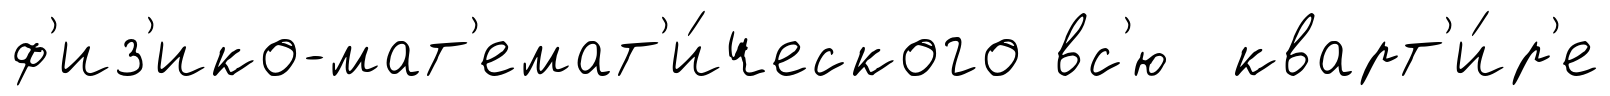
ф'из'ико-мат'емат'и́ческого вс'ю кварт'и́р'е